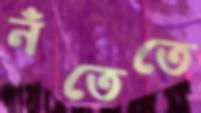
নঁতেতে